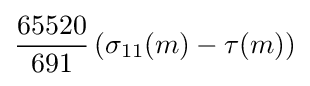
{\frac {65520}{691}}\left(\sigma _{11}(m)-\tau (m)\right)